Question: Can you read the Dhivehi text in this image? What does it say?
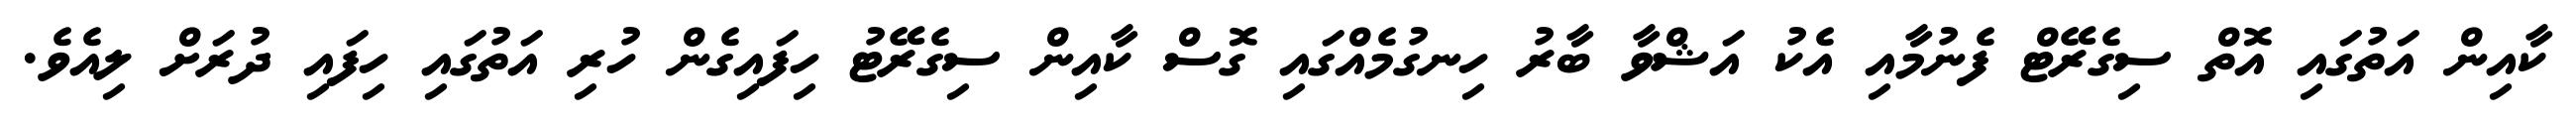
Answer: ކާއިން އަތުގައި އޮތް ސިގެރޭޓް ފެނުމާއި އެކު އަޝްވާ ބާރު ހިނގުމެއްގައި ގޮސް ކާއިން ސިގެރޭޓު ހިފައިގެން ހުރި އަތުގައި ހިފައި ދުރަށް ލިއެވެ.